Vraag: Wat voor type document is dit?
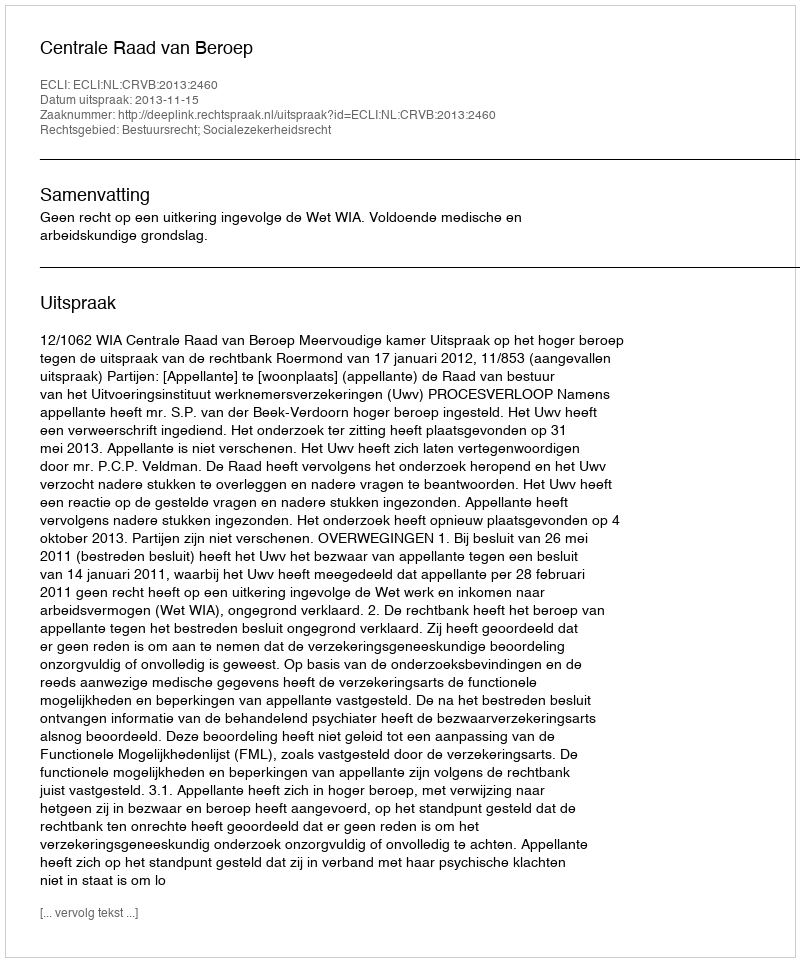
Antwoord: Uitspraak